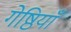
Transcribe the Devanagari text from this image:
गेष्ठियाँ